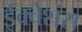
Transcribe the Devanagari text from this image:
ईक्वेशंस